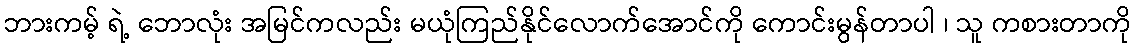
ဘားကမ့် ရဲ့ ဘောလုံး အမြင်ကလည်း မယုံကြည်နိုင်လောက်အောင်ကို ကောင်းမွန်တာပါ ၊ သူ ကစားတာကို